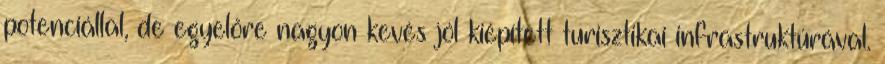
potenciállal, de egyelőre nagyon kevés jól kiépített turisztikai infrastruktúrával.